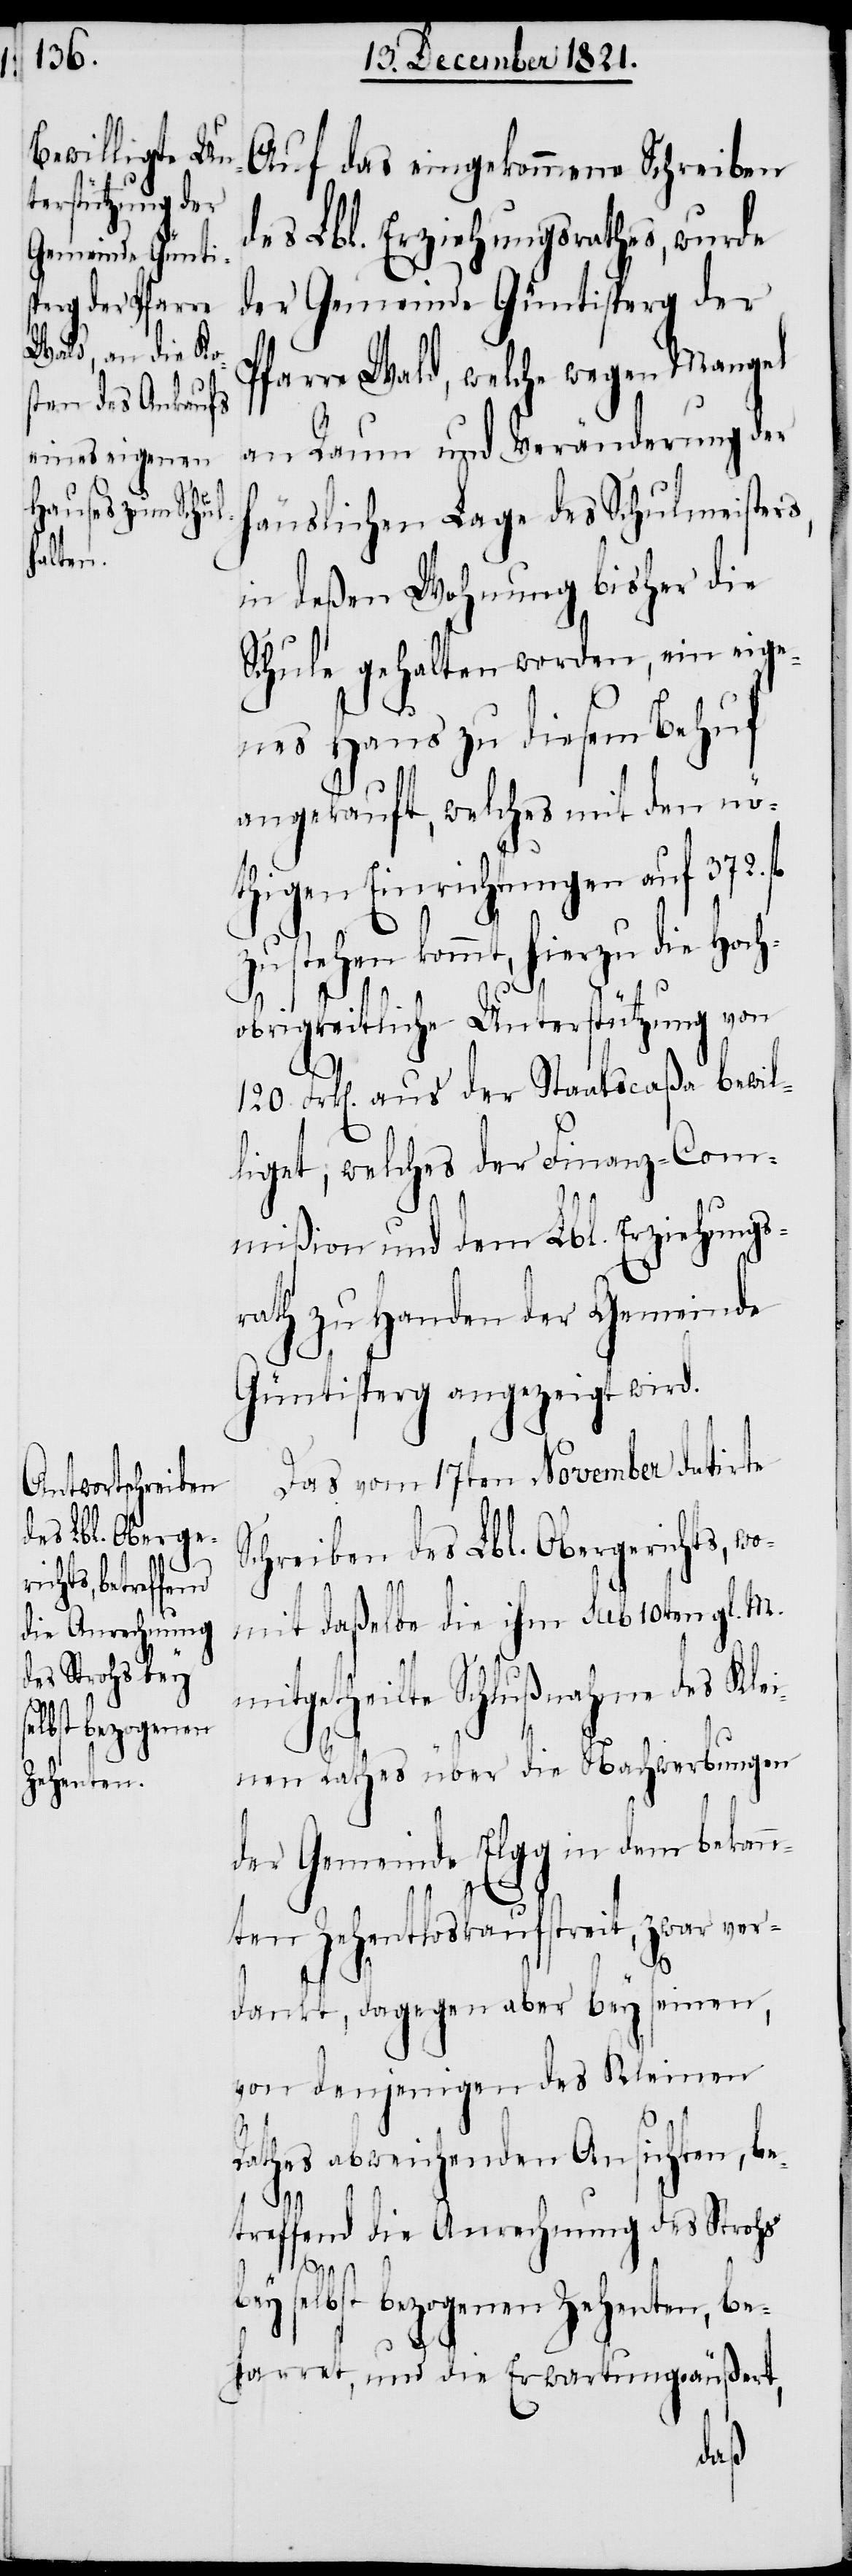
Auf das eingekommene Schreiben
des Lbl. Erziehungsrathes, wurde
der Gemeinde Güntisperg der
Pfarre Wald, welche wegen Mangel
an Raum und Veränderung der
äuslichen Lage des Schulmeisters,
in deßen Wohnung bisher die
Schule gehalten worden, ein eige¬
nes Haus zu diesem Behuf
angekauft, welches mit den nö¬
thigen Einrichtungen auf 372.
zu stehen kommt, hierzu die Hoch¬
obrigkeitliche Unterstützung von
120. Frk[en]. aus der Staatscaßa bewil¬
liget, welches der Finanz-Com¬
mißion und dem Lbl. Erziehungs¬
rath zu Handen der Gemeinde
Güntisperg angezeigt wird.
Das vom 17ten November datirte
Schreiben des Lbl. Obergerichts, wo¬
mit daßelbe die ihm sub 10ten gl. M.
mitgetheilte Schlußnahme des Klei¬
nen Rathes über die Nachwerbungen
der Gemeinde Elgg in dem bekann¬
h¬
ten Zehentloskaufstreit, zwar ver¬
dankt, dagegen aber bey seinen,
von denjenigen des Kleinen
Rathes abweichenden Ansichten, be¬
treffend die Anrechnung des Strohs
bey selbst bezogenen Zehenten, be¬
harret, und die Erwartung äußert,